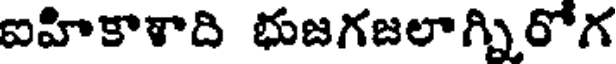
ఐహికాశాది భుజగజలాగ్నిరోగ